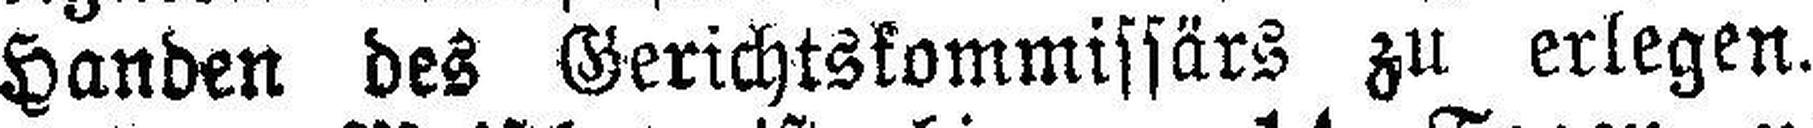
Handen des Gerichtskommissärs zu erlegen.